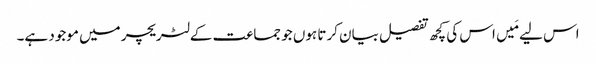
اس لیے مَیں اس کی کچھ تفصیل بیان کرتا ہوں جو جماعت کے لٹریچر میں موجود ہے۔